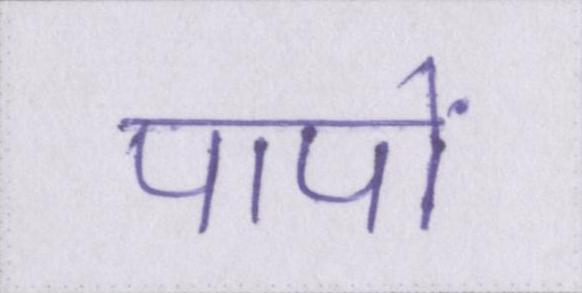
पापों